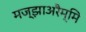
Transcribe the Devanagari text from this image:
मज्झाअरैम्मि